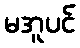
မအူပင်